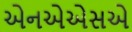
એનએએસએ